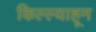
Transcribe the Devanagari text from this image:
किल्ल्याहून